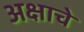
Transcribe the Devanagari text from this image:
अक्षाचे